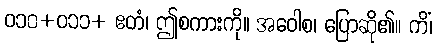
ဝ၁၀+ဝ၁၁+ ဧတံ၊ ဤစကားကို။ အဝေါစ၊ ပြောဆို၏။ ကိံ၊